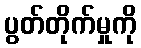
ပွတ်တိုက်မှုကို